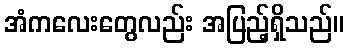
အံကလေးတွေလည်း အပြည့်ရှိသည်။